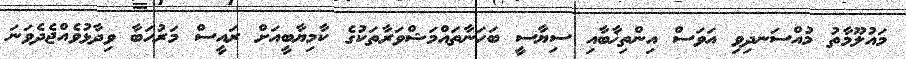
މައުލޫމާތު މުއްސަނދިވި އަވަސް އިންތިޚާބާއި ސިޔާސީ ބަހަނާތައްމަޝްވަރާތަކުގެ ކާމިޔާބީއަށް ރައީސް މަރުހަބާ ވިދާޅުވެއްޖެދެވަނަ